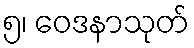
၅၊ ဝေဒနာသုတ်